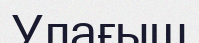
Улағыш